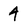
Character: 4